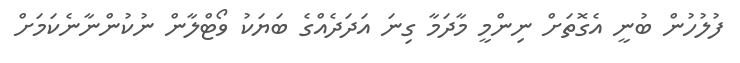
ފުލުހުން ބުނީ އެގޮތަށް ނިންމީ މާދަމާ ގިނަ އަދަދެއްގެ ބަޔަކު ވޯޓްލާން ނުކުންނާނެކަމަށް